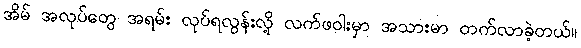
အိမ် အလုပ်တွေ အရမ်း လုပ်ရလွန်းလို့ လက်ဖဝါးမှာ အသားမာ တက်လာခဲ့တယ်။